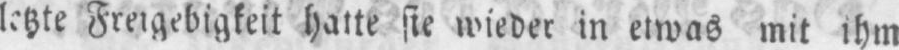
hatte sie wieder in etwas mit ihm